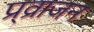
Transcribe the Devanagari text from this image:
प्र्व्राजन